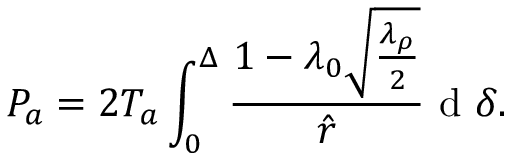
P _ { a } = 2 T _ { a } \int _ { 0 } ^ { \Delta } \frac { 1 - \lambda _ { 0 } \sqrt { \frac { \lambda _ { \rho } } { 2 } } } { \hat { r } } \mathrm { ~ d ~ } \delta .